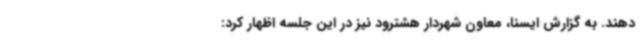
دهند. به گزارش ایسنا، معاون شهردار هشترود نیز در این جلسه اظهار کرد: